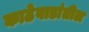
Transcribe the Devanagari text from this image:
काठेवाडांतील